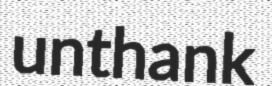
unthank